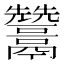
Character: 𩱩